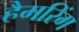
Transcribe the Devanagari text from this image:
हैमरिंग